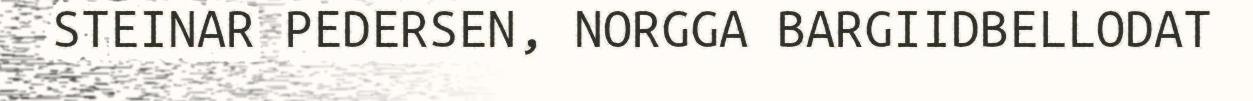
STEINAR PEDERSEN, NORGGA BARGIIDBELLODAT